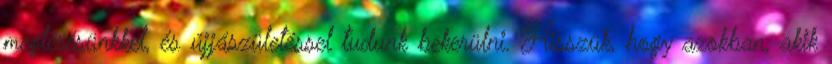
megtérésünkkel, és újjászületéssel tudunk bekerülni. Hisszük, hogy azokban, akik